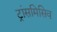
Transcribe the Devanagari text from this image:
ट्रांसमिसिव